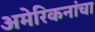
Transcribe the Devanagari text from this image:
अमेरिकनांचा